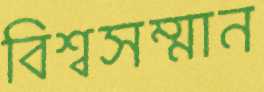
বিশ্বসম্মান